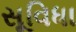
સૂવિધા